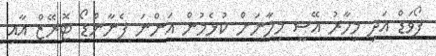
ފޯވަޑް އަދި މިހާރު އޭސީ މިލާނަށް ކުޅެމުން އަންނަ ފެނާންޑޯ ޓޮރޭޒް އާއި